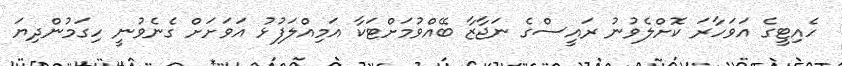
ހެއިޓީގެ އަވަހާރަ ކޮށްލެވުނު ރައީސްގެ ނަޖާޒާ ބޭއްވުމަށްޓަކާ އަމިއްލަފުޅު އަވަށަށް ގެނެވުނީ ހިގަމުންދިޔަ